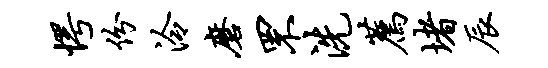
愕份泠磨罘洗荐堵辰